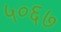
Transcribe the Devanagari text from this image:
५०६७